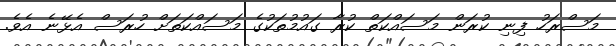
މަސްރަހު ފިނި ކުރަން މަސައްކަތް ކުރާ ގައުމުތަކުގެ މަސައްކަތަށް ހުރަސް އެޅޭނެ އެވެ.